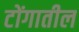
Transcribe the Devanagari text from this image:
टोंगातील